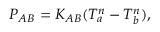
P _ { A B } = K _ { A B } ( T _ { a } ^ { n } - T _ { b } ^ { n } ) ,